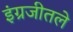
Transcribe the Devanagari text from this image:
इंग्रजीतले